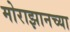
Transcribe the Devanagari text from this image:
मोराझानच्या